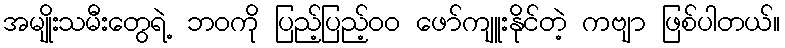
အမျိုးသမီးတွေရဲ့ ဘဝကို ပြည့်ပြည့်၀၀ ဖော်ကျူးနိုင်တဲ့ ကဗျာ ဖြစ်ပါတယ်။